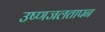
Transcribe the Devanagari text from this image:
उष्णजलतापन